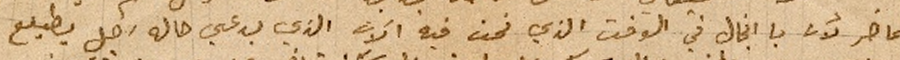
الحاضر لأن يا انجال في الوقت الذي نحن فيه الأن الذي يدعي حاله رجل يطيلع